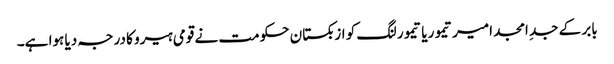
بابر کے جدِ امجد امیر تیمور یا تیمور لنگ کو ازبکستان حکومت نے قومی ہیرو کا درجہ دیا ہوا ہے۔